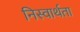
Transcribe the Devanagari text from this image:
निस्वार्थता